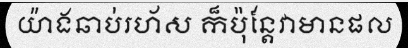
យ៉ាងឆាប់រហ័ស ក៏ប៉ុន្តែវាមានផល